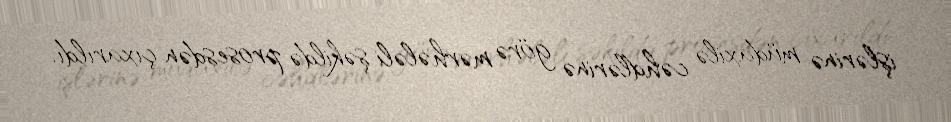
işlərinə müdaxilə cəhdlərinə görə mərhələli şəkildə prosesdən çıxarıldı.